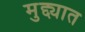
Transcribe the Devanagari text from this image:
मुद्द्यात